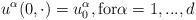
LaTeX: \begin{align*}u^\alpha(0, \cdot)=u_0^\alpha,\mbox{for}\alpha=1,...,d\end{align*}